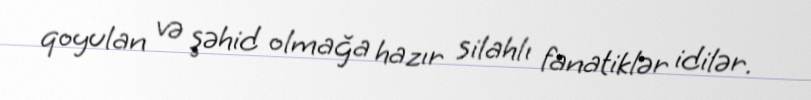
qoyulan və şəhid olmağa hazır silahlı fanatiklər idilər.